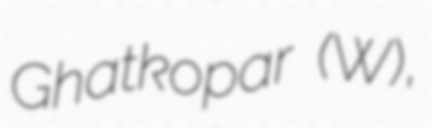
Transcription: Ghatkopar (W),